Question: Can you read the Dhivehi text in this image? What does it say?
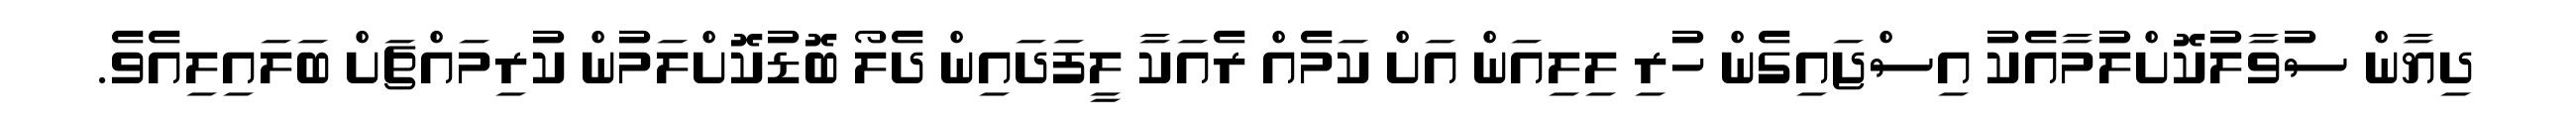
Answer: ދިޔާން ސުވާލުކޮށްލުމާއެކު އިސްޖައިގެން ހުރި ލިލިއަން އަށް ކަމެއް ރެއަކާ ލީފަދައިން ދެލޯ ބޮޑުކޮށްލަމުން ކުރިމައްޗަށް ބަލައިލިއެވެ.